[Report on the health of British troops in the Madras command]
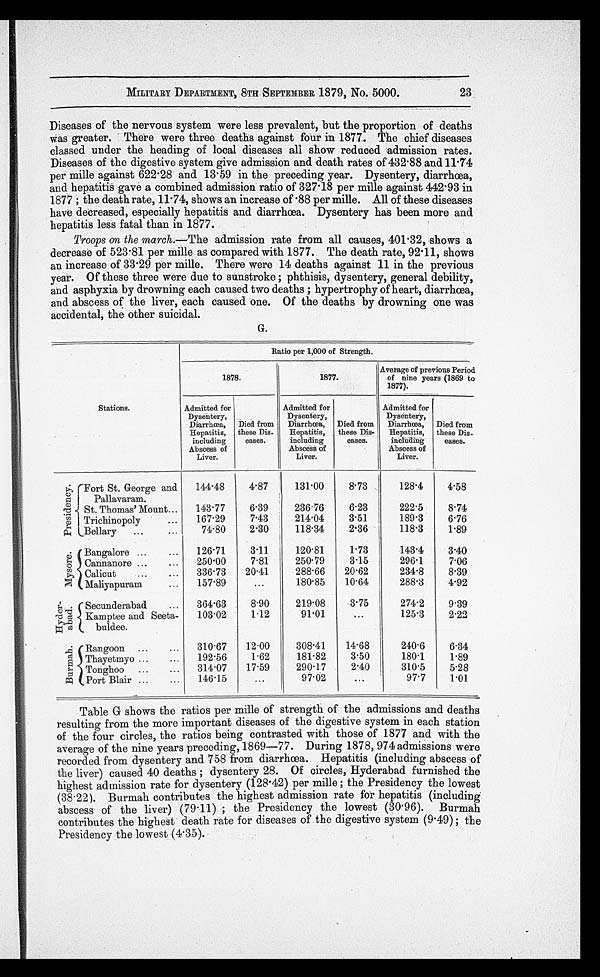
MILITARY DEPARTMENT, 8TH SEPTEMBER 1879, No. 5000.
Diseases of the nervous system were less prevalent, but the proportion of deaths
was greater. There were three deaths against four in 1877. The chief diseases
classed under the heading of local diseases all show reduced admission rates.
Diseases of the digestive system give admission and death rates of 432.88 and 11.74
per mille against 622.28 and 13.59 in the preceding year. Dysentery, diarrhœa,
and hepatitis gave a combined admission ratio of 327.18 per mille against 442.93 in
1877 ; the death rate, 11.74, shows an increase of .88 per mille. All of these diseases
have decreased, especially hepatitis and diarrhœa. Dysentery has been more and
hepatitis less fatal than in 1877.
Troops on the march .—The admission rate from all causes, 401.32, shows a
decrease of 523.81 per mille as compared with 1877. The death rate, 92.11, shows
an increase of 33.29 per mille. There were 14 deaths against 11 in the previous
year. Of these three were due to sunstroke ; phthisis, dysentery, general debility,
and asphyxia by drowning each caused two deaths ; hypertrophy of heart, diarrhœa,
and abscess of the liver, each caused one. Of the deaths by drowning one was
accidental, the other suicidal.
G.
Ratio per 1,000 of Strength.
1878.
1877.
Average of previous Period
of nine years (1869 to
1877).
Stations.
Admitted for
Dysentery,
Diarrhœa,
Hepatitis,
including
Abscess of
Liver.
Died from
these Dis.
eases.
Admitted for
Dysentery,
Diarrhœa,
Hepatitis,
including
Abscess of
Liver.
Died from
these Dis-
eases.
Admitted for
Dysentery,
Diarrhœa,
Hepatitis,
including
Abscess of
Liver.
Died from
these Dis-
eases.
P r e s i d e n c y .
Fort St. George and
Pallavaram.
144.48
4.87
131.00
8.73
128.4
4.58
St. Thomas' Mount . . .
143.77
6.39
236.76
6.23
222.5
8.74
Trichinopoly . . .
167.29
7.43
214.04
3.51
189.3
6.76
Bellary . . .
74.80
2.30
118.34
2.36
118.3
1.89
M y s o r e .
Bangalore . . .
126.71
3.11
120.81
1.73
143.4
3.40
Cannanore . . .
250.00
7.81
250.79
3.15
296.1
7.06
Calicut . . .
336.73
20.41
288.66
20.62
234.8
8.39
Maliyapuram . . .
157.89
. . .
180.85
10. 64
288.3
4.92
H y d e r - a b e d .
Secunderabad . . .
364.63
8.90
219.08
3.75
274.2
9.39
Kamptee and Seeta-
buldee.
103 . 02
1.12
91.01
. . .
125.3
2.22
B u r m a h .
Rangoon . . .
310.67
12.00
308.41
14 . 68
240.6
6.34
Thayetmyo . . .
192.56
1.62
181.82
3.50
180.1
1.89
Tonghoo . . .
314.07
17.59
290.17
2.40
310.5
5.28
Port Blair . . .
146.15
. . .
97.02
. . .
97.7
1.01
Table G shows the ratios per mille of strength of the admissions and deaths
resulting from the more important diseases of the digestive system in each station
of the four circles, the ratios being contrasted with those of 1877 and with the
average of the nine years preceding, 1869—77. During 1878, 974 admissions were
recorded from dysentery and 758 from diarrhœa. Hepatitis (including abscess of
the liver) caused 40 deaths ; dysentery 28. Of circles, Hyderabad furnished the
highest admission rate for dysentery (128.42) per mille ; the Presidency the lowest
(38.22). Burmah contributes the highest admission rate for hepatitis (including
abscess of the liver) (79.11) ; the Presidency the lowest (30.96). Burmah
contributes the highest death rate for diseases of the digestive system (9.49) ; the
Presidency the lowest (4.35).
23